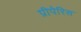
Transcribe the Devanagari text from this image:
प्रीपेरिस